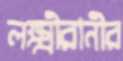
লক্ষ্মীরানীর